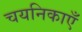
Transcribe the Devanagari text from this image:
चयनिकाएँ